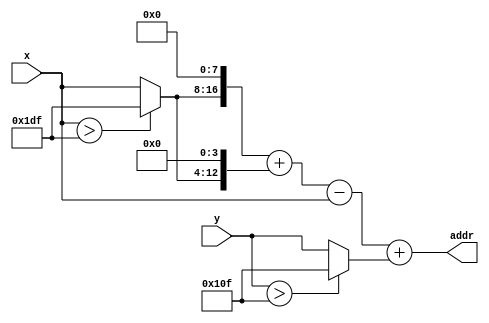
`timescale 1ns / 1ps
`default_nettype none

module tft_address_generator(
	input wire [8:0] x,
	input wire [8:0] y,
	output wire [16:0] addr
);

wire [8:0] clamped_x;
wire [8:0] clamped_y;
assign clamped_x = (x > 9'd479) ? 9'd479 : x;
assign clamped_y = (y > 9'd271) ? 9'd271 : y;

wire [16:0] x_times_256;
wire [16:0] x_times_16;
assign x_times_256 = clamped_x << 8;
assign x_times_16 = clamped_x << 4;
assign addr = x_times_256 + x_times_16 - x + clamped_y;

endmodule
`default_nettype wire